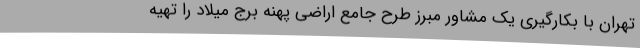
تهران با بکارگیری یک مشاور مبرز طرح جامع اراضی پهنه برج میلاد را تهیه